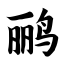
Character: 鹂